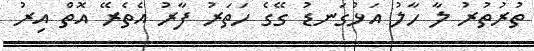
ތުރުތުރު ލާ ހާލު އަޅުގަނޑު ގޭގެ ހަތަރު ފާރު އެތެރޭ އޮތް އިރު